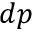
d p